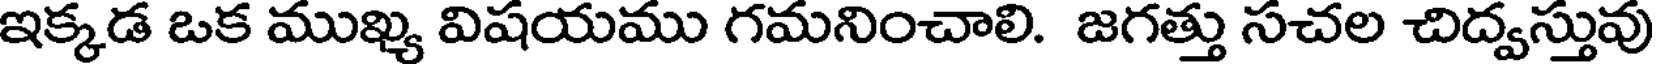
ఇక్కడ ఒక ముఖ్య విషయము గమనించాలి. జగత్తు సచల చిద్వస్తువు